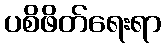
ပစိဖိတ်ရေးရာ